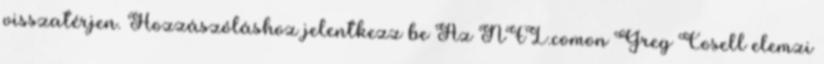
visszatérjen. Hozzászóláshoz jelentkezz be Az NFL.comon Greg Cosell elemzi